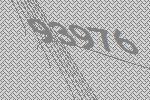
93976